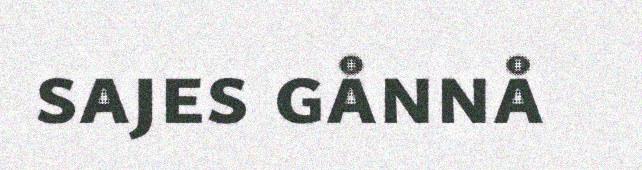
sajes gånnå